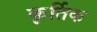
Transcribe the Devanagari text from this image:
कृर्तिक